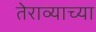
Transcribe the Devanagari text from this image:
तेराव्याच्या